Indian journal of veterinary science and animal husbandry - Volumes 18-21, 1948-1951
Year: 1948
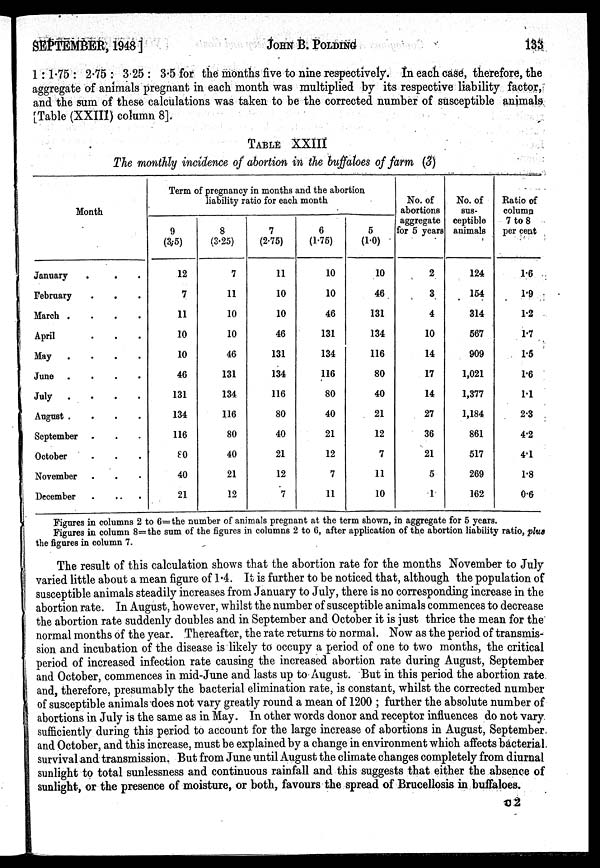
SEPTEMBER, 1948]
JOHN
B.
POLDING
133
1 : 1.75 : 2.75 : 3.25 : 3.5 for the months five to nine respectively. In each case, therefore, the
aggregate of animals pregnant in each month was multiplied by its respective liability factor,
and the sum of these calculations was taken to be the corrected number of susceptible animals
[Table (XXIII) column 8].
TABLE XXIII
The monthly incidence of abortion in the buffaloes of farm (3)
Month
January . . .
February . . .
March
.
.
.
April . . .
May
.
.
.
June
.
.
.
July
.
.
.
August
.
.
.
September . . .
October . . .
November . . .
December . . .
Term of pregnancy in months and the abortion
liability ratio for each month
9
(3.5)
12
7
11
10
10
46
131
134
116
80
40
21
8
(8.25)
7
11
10
10
46
131
134
116
80
40
21
12
7
(2.75)
11
10
10
46
131
134
116
80
40
21
12
7
6
(1.75)
10
10
46
131
134
116
80
40
21
12
7
11
5
(1.0)
10
46
131
134
116
80
40
21
12
7
11
10
No. of
abortions
aggregate
for 5 years
2
3
4
10
14
17
14
27
36
21
5
1
No. of
sus-
ceptible
animals
124
154
314
567
909
1,021
1,377
1,184
861
517
269
162
Ratio of
column
7 to 8
per cent
1.6
1.9
1.2
1.7
1.5
1.6
1.1
2.3
4.2
4.1
1.8
0.6
Figures in columns 2 to 6=the number of animals pregnant at the term shown, in aggregate for 5 years.
Figures in column 8=the sum of the figures in columns 2 to 6, after application of the abortion liability ratio, plus
the figures in column 7.
The result of this calculation shows that the abortion rate for the months November to July
varied little about a mean figure of 1.4. It is further to be noticed that, although the population of
susceptible animals steadily increases from January to July, there is no corresponding increase in the
abortion rate. In August, however, whilst the number of susceptible animals commences to decrease
the abortion rate suddenly doubles and in September and October it is just thrice the mean for the
normal months of the year. Thereafter, the rate returns to normal. Now as the period of transmis-
sion and incubation of the disease is likely to occupy a period of one to two months, the critical
period of increased infection rate causing the increased abortion rate during August, September
and October, commences in mid-June and lasts up to August. But in this period the abortion rate
and, therefore, presumably the bacterial elimination rate, is constant, whilst the corrected number
of susceptible animals does not vary greatly round a mean of 1200 ; further the absolute number of
abortions in July is the same as in May. In other words donor and receptor influences do not vary
sufficiently during this period to account for the large increase of abortions in August, September
and October, and this increase, must be explained by a change in environment which affects bacterial
survival and transmission. But from June until August the climate changes completely from diurnal
sunlight to total sunlessness and continuous rainfall and this suggests that either the absence of
sunlight, or the presence of moisture, or both, favours the spread of Brucellosis in buffaloes.
c2